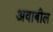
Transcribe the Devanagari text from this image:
अवाबील